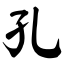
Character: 孔